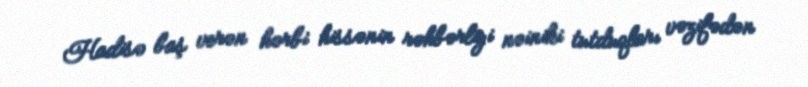
Hadisə baş verən hərbi hissənin rəhbərliyi nəiniki tutduqları vəzifədən